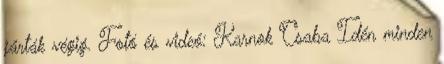
járták végig. Fotó és videó: Karnok Csaba Idén minden